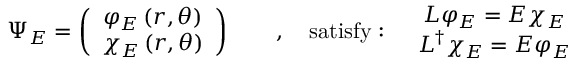
\Psi _ { E } = \left( \begin{array} { c } { { \varphi _ { E } \left( r , \theta \right) } } \\ { { \chi _ { E } \left( r , \theta \right) } } \end{array} \right) \qquad , \quad \mathrm { s a t i s f y : } \quad \begin{array} { c } { { L \varphi _ { E } = E \chi _ { E } } } \\ { { L ^ { \dag } \chi _ { E } = E \varphi _ { E } } } \end{array}